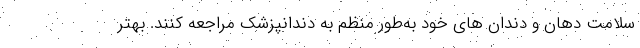
سلامت دهان و دندان های خود به‌طور منظم به دندانپزشک مراجعه کنند. بهتر